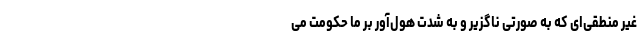
غیر منطقی‌ای که به صورتی ناگزیر و به شدت هول‌‌آور بر ما حکومت می‌